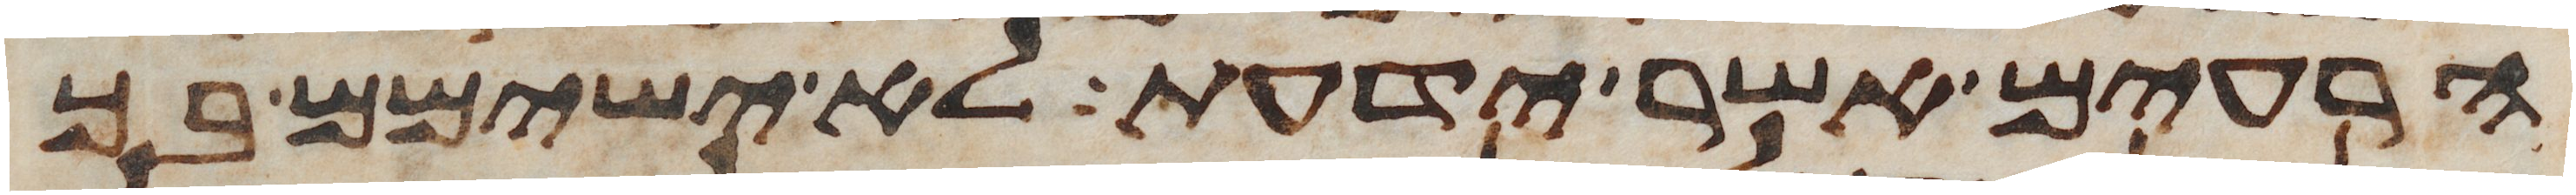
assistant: הרעים אשר ידעת לא ישימם בך